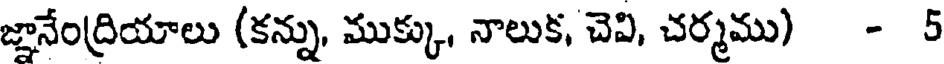
జ్ఞానేంద్రియాలు (కన్ను, ముక్కు, నాలుక, చెవి, చర్మము) - 5